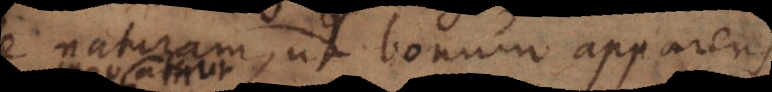
e naturam, ut bonum apparens